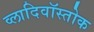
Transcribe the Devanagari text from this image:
व्लादिवॉस्तोक